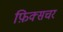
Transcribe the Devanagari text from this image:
फ़िक्सचर